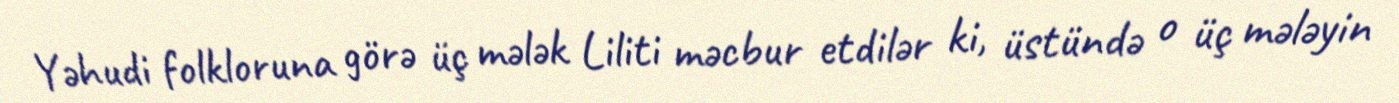
Yəhudi folkloruna görə üç mələk Liliti məcbur etdilər ki, üstündə o üç mələyin